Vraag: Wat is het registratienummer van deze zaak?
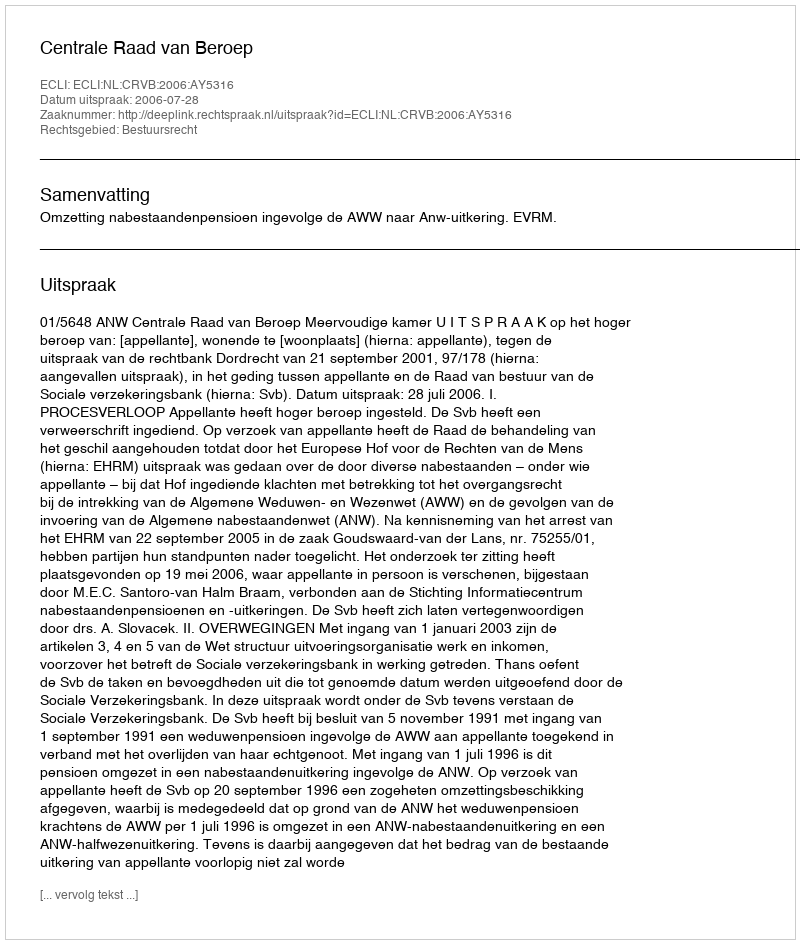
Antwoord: http://deeplink.rechtspraak.nl/uitspraak?id=ECLI:NL:CRVB:2006:AY5316